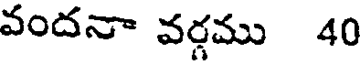
వందనా వర్గము 40